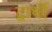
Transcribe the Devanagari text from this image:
द्वार्थी